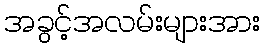
အခွင့်အလမ်းများအား